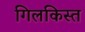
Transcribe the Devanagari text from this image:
गिलकिस्त